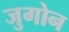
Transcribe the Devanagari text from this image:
जुगोन